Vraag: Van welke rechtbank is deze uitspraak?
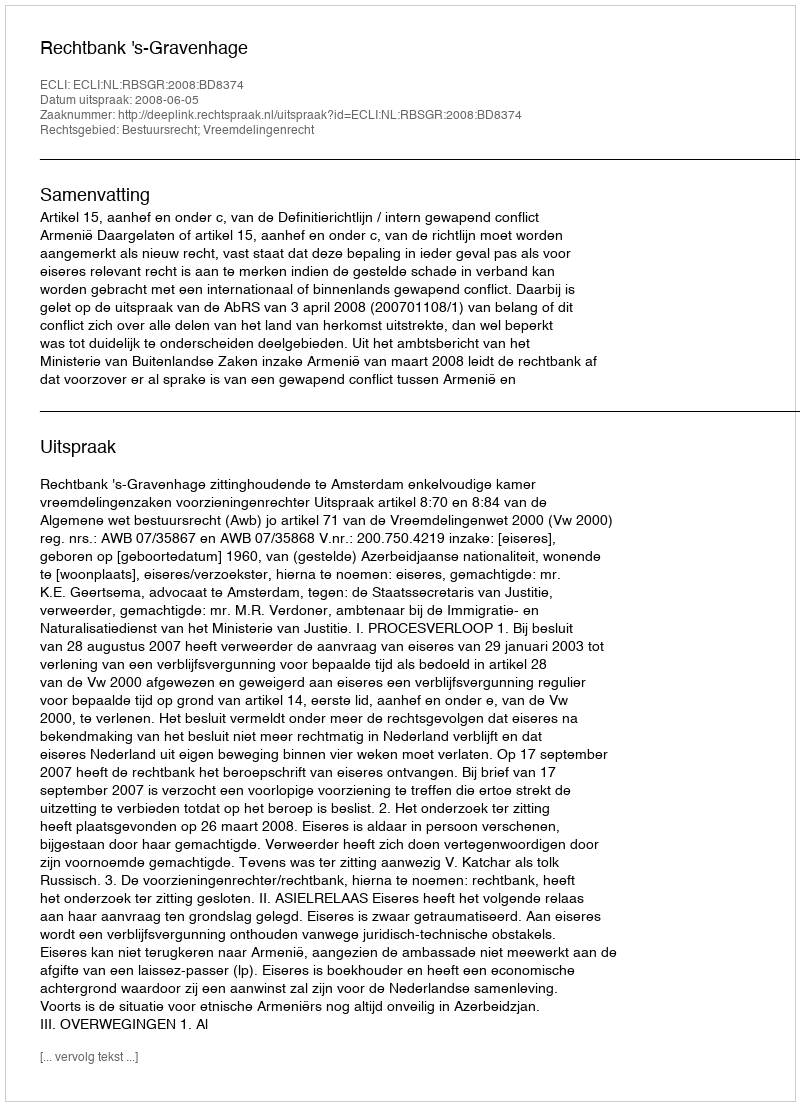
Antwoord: Rechtbank 's-Gravenhage